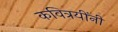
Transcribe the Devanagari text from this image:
कवित्रयींनी